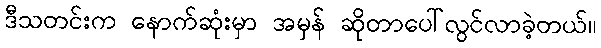
ဒီသတင်းက နောက်ဆုံးမှာ အမှန် ဆိုတာပေါ်လွင်လာခဲ့တယ်။